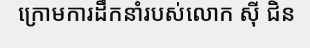
ក្រោមការដឹកនាំរបស់លោក ស៊ី ជិន